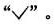
”√”。